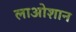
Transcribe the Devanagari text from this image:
लाओशान